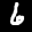
Label: 6